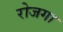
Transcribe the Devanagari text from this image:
रोजगा